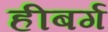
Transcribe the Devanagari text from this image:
हीबर्ग